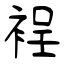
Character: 裎